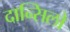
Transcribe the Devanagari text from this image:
दान्सिलो